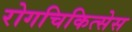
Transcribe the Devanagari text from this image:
रोगचिकित्सेस